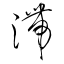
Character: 滞